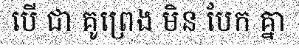
បើ ជា គូព្រេង មិន បែក គ្នា